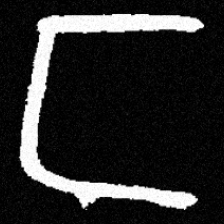
Pyu character \u2014 Myanmar letter: င (romanized: nga)